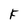
Character: F